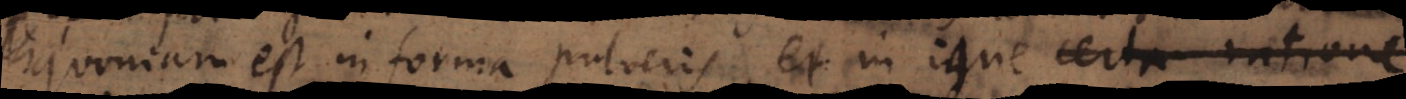
quoniam est in forma pulveris, et in igne